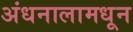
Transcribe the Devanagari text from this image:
अंधनालामधून